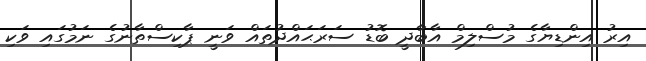
އިރު އިންޑިޔާގެ މުސްލިމް އާބާދީ ބޮޑު ސަރަޙައްދުތައް ވަނީ ޕާކިސްތާނުގެ ނަމުގައި ވަކި